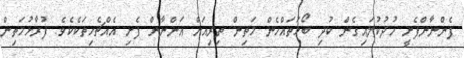
ފެންނާންފެށީ ހުދުކުލައިގެން ކުދި ބޯޅަތައްހެން މަތިން ތިރިއަށް އަންނާން ފެށި އެއްޗެހިތަކެކެވެ. ފުރާޅުމަތިން